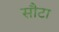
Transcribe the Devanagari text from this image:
सौटा